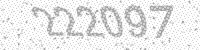
Solution: 222097